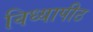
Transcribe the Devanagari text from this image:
विध्यापीठ